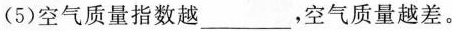
(5)空气质量指数越___，空气质量越差。